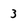
Character: 3